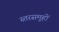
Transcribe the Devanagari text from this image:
स्तरसमूहों